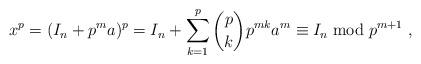
LaTeX: \begin{align*}\displaystyle x^{p} = (I_{n} + p^{m}a)^{p} = I_{n} + \sum_{k = 1}^{p} {p \choose k}p^{mk}a^{m} \equiv I_{n} \bmod p^{m+1} \ ,\end{align*}